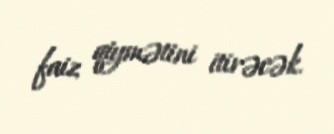
faiz qiymətini itirəcək.